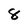
Character: 8